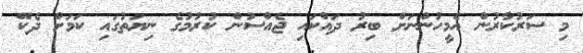
މި ސަރުކާރުން އެމީހުންނަށް ބިރު ދައްކައި ޖެއްސުން ކުރުމުގެ ނިޔަތުގައި ކަމަށް ދެކޭ